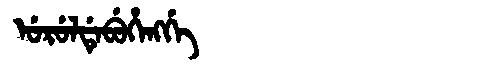
Manchu: ᡠᡵᡠᠯᡩᡝᠪᡠᡥᡝᠩᡤᡝ
Romanization: URULDEBUHENGGE